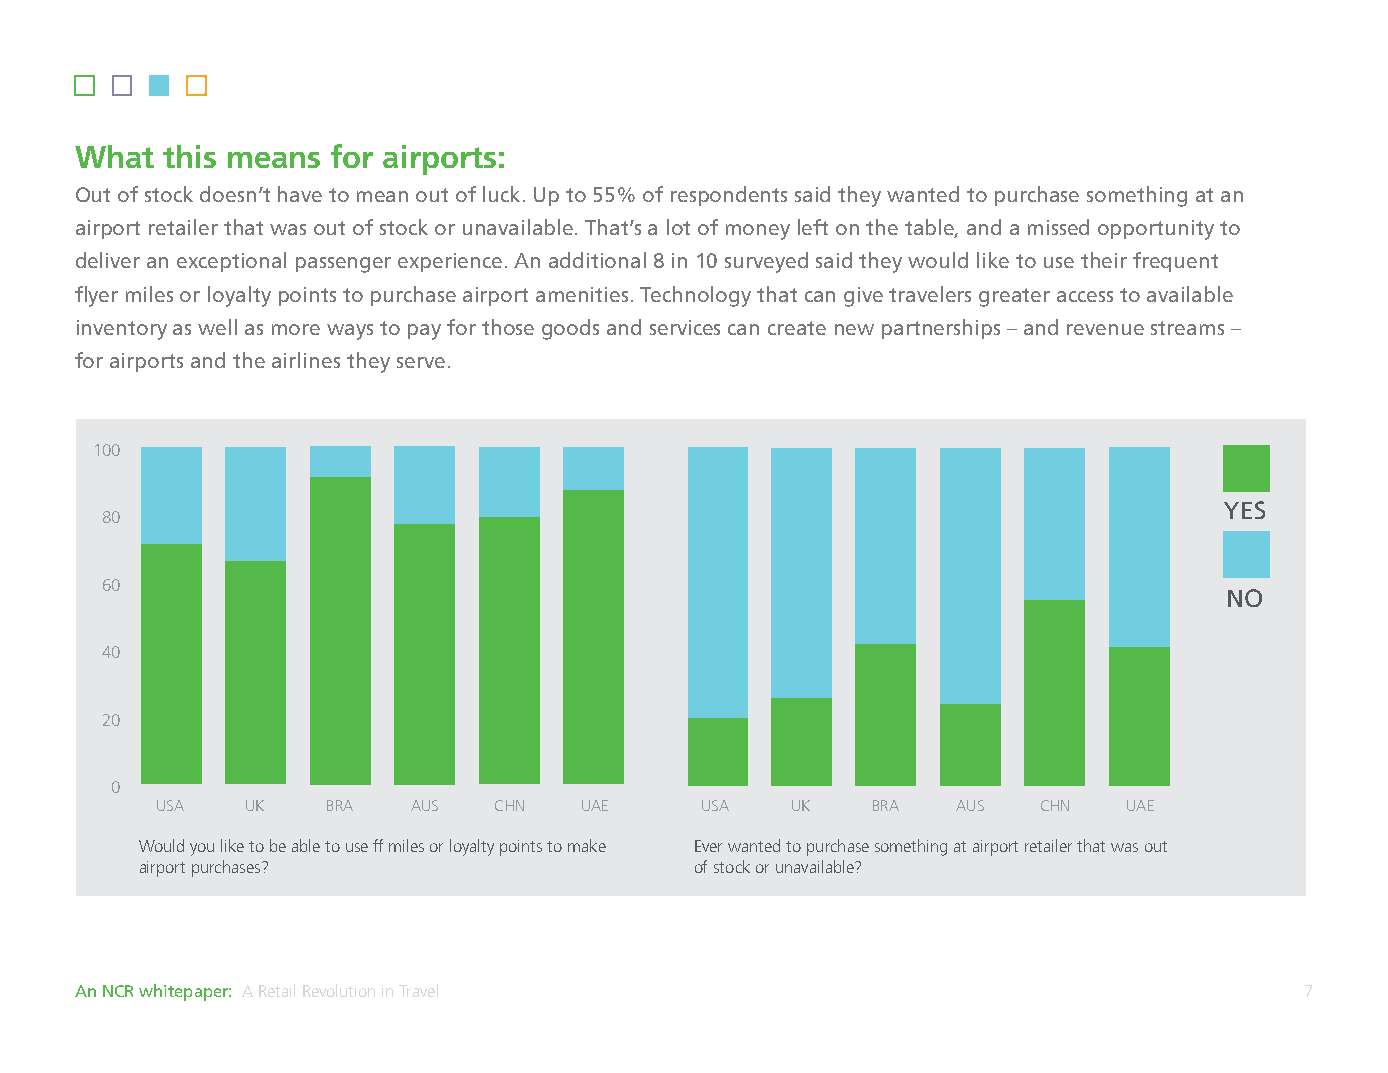
What  this means for airports:
 Out of stock doesn’t have to mean out of luck. Up to 55% of respondents said they wanted to purchase something at an
 airport retailer that was out of stock or unavailable. That’s a lot of money left on the table, and a missed opportunity to
 deliver an exceptional passenger experience. An additional 8 in 10 surveyed said they would like to use their frequent
 flyer miles or loyalty points to purchase airport amenities. Technology that can give travelers greater access to available
 inventory as well as more ways to pay for those goods and services can create new partnerships – and revenue streams –
 for airports and the airlines they serve.
 100                                 100
 YES
 80                                  80
 60                                  60
 NO
 40                                  40
 20                                  20
 0                                   0
 USA   UK    BRA  AUS   CHN  UAE     USA   UK    BRA  AUS   CHN   UAE
 Would you like to be able to use ff miles or loyalty points to make Ever wanted to purchase something at airport retailer that was out
 airport purchases?                   of stock or unavailable?
 An NCR whitepaper: A Retail Revolution in Travel                                 7